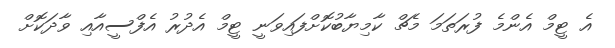
އެ ޓީމް އެންމެ ފުރަތަމަ މެޗް ކާމިޔާބުކޮށްފައިވަނީ ޓީމް އެދުރު އެފްސީއާއި ވާދަކޮށް